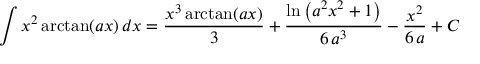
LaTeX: \int x ^ { 2 } \arctan ( a x ) \, d x = { \frac { x ^ { 3 } \arctan ( a x ) } { 3 } } + { \frac { \ln \left( a ^ { 2 } x ^ { 2 } + 1 \right) } { 6 \, a ^ { 3 } } } - { \frac { x ^ { 2 } } { 6 \, a } } + C